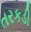
તરકડી